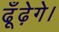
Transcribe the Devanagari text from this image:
ढूँढ़ेगे।